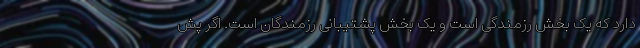
دارد که یک بخش رزمندگی است و یک بخش پشتیبانی رزمندگان است. اگر پش